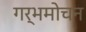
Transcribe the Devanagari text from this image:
गर्भमोचन